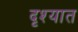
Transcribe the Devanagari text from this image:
दृश्यात